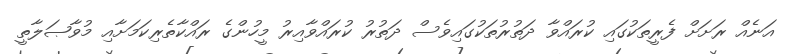
އަނެއް ރަށަށް ފެރީތަކުގައި ކުރައްވާ ދަތުރުތަކުގައިވެސް ދަތުރު ކުރައްވާއިރު މީހުންގެ ރައްކާތެރިކަމަށާއި މުވާޞަލާތީ